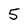
Character: 5